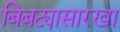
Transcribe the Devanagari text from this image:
बिबट्यासारखा